Civil Veterinary Department Bihar & Orissa reports 1929-36 - 1929-1936
Year: 1929
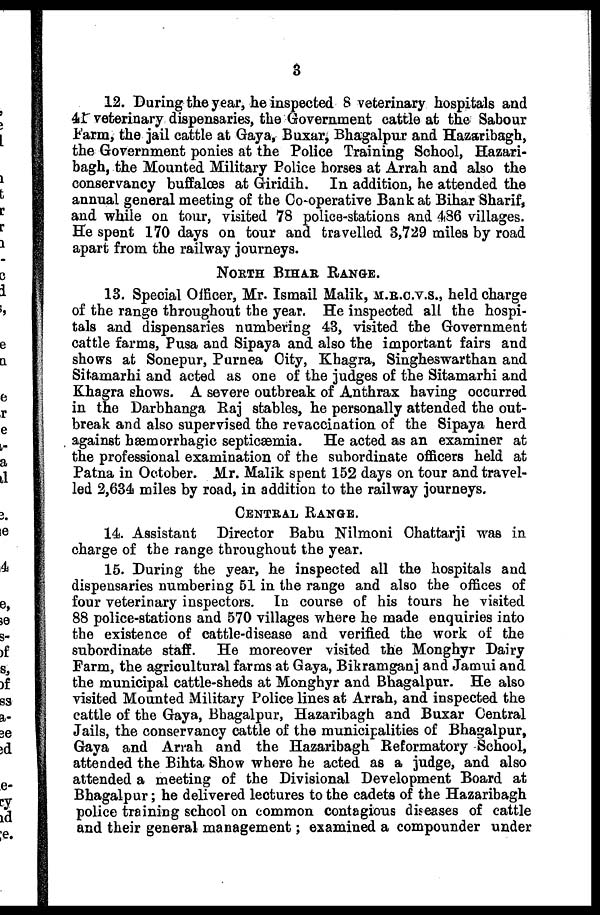
3
12. During the year, he inspected 8 veterinary hospitals and
41 veterinary dispensaries, the Government cattle at the Sabour
Farm, the jail cattle at Gaya, Buxar, Bhagalpur and Hazaribagh,
the Government ponies at the Police Training School, Hazari-
bagh, the Mounted Military Police horses at Arrah and also the
conservancy buffalœs at Giridih. In addition, he attended the
annual general meeting of the Co-operative Bank at Bihar Sharif,
and while on tour, visited 78 police-stations and 486 villages.
He spent 170 days on tour and travelled 3,729 miles by road
apart from the railway journeys.
NORTH BIHAR RANGE.
13. Special Officer, Mr. Ismail Malik, M.R.C.V.S., held charge
of the range throughout the year. He inspected all the hospi-
tals and dispensaries numbering 43, visited the Government
cattle farms, Pusa and Sipaya and also the important fairs and
shows at Sonepur, Purnea City, Khagra, Singheswarthan and
Sitamarhi and acted as one of the judges of the Sitamarhi and
Khagra shows. A severe outbreak of Anthrax having occurred
in the Darbhanga Raj stables, he personally attended the out-
break and also supervised the revaccination of the Sipaya herd
against hæmorrhagic septicæmia. He acted as an examiner at
the professional examination of the subordinate officers held at
Patna in October. Mr. Malik spent 152 days on tour and travel-
led 2,634 miles by road, in addition to the railway journeys.
CENTRAL RANGE.
14. Assistant Director Babu Nilmoni Chattarji was in
charge of the range throughout the year.
15. During the year, he inspected ail the hospitals and
dispensaries numbering 51 in the range and also the offices of
four veterinary inspectors. In course of his tours he visited
88 police-stations and 570 villages where he made enquiries into
the existence of cattle-disease and verified the work of the
subordinate staff. He moreover visited the Monghyr Dairy
Farm, the agricultural farms at Gaya, Bikramganj and Jamui and
the municipal cattle-sheds at Monghyr and Bhagalpur. He also
visited Mounted Military Police lines at Arrah, and inspected the
cattle of the Gaya, Bhagalpur, Hazaribagh and Buxar Central
Jails, the conservancy cattle of the municipalities of Bhagalpur,
Gaya and Arrah and the Hazaribagh Reformatory School,
attended the Bihta Show where he acted as a judge, and also
attended a meeting of the Divisional Development Board at
Bhagalpur; he delivered lectures to the cadets of the Hazaribagh
police training school on common contagious diseases of cattle
and their general management; examined a compounder under